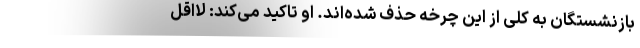
بازنشستگان به کلی از این چرخه حذف شده‌اند. او تاکید می‌کند: لااقل